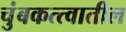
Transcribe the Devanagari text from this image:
चुंबकत्त्वातील